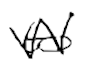
Text: to
Cross-out: zig-zag
Writing tool: digital_black